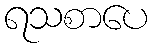
ရသစာပေ